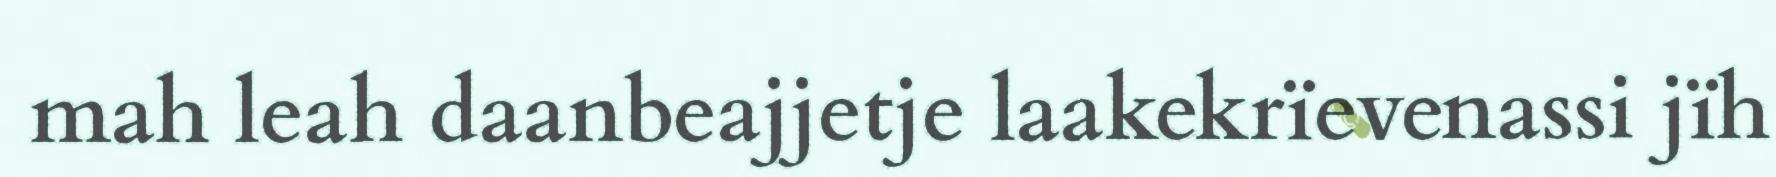
mah leah daanbeajjetje laakekrïevenassi jïh